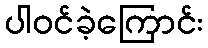
ပါဝင်ခဲ့ကြောင်း